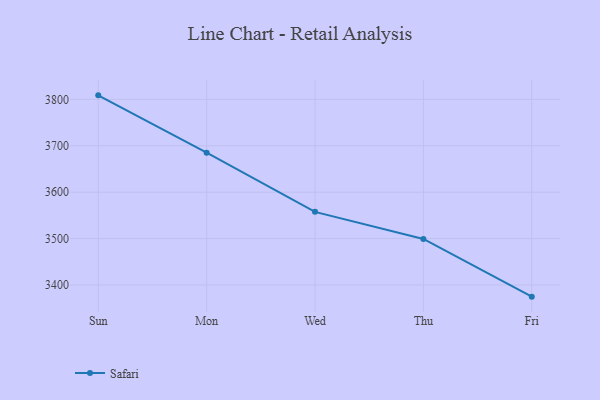
{"axis": {"x": "Day", "y": "Production Output"}, "legend": ["Safari"], "data": [{"x": "Sun", "y": 3808.6, "type": "Safari"}, {"x": "Mon", "y": 3685.1, "type": "Safari"}, {"x": "Wed", "y": 3557.5, "type": "Safari"}, {"x": "Thu", "y": 3499.1, "type": "Safari"}, {"x": "Fri", "y": 3374.8, "type": "Safari"}]}